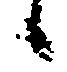
候